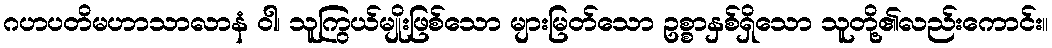
ဂဟပတိမဟာသာလာနံ ဝါ၊ သူကြွယ်မျိုးဖြစ်သော များမြတ်သော ဥစ္စာနှစ်ရှိသော သူတို့၏လည်းကောင်း။